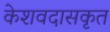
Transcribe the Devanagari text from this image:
केशवदासकृत